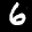
Label: 6